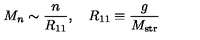
M _ { n } \sim \frac { n } { R _ { 1 1 } } , \quad R _ { 1 1 } \equiv \frac { g } { M _ { \mathrm { s t r } } }